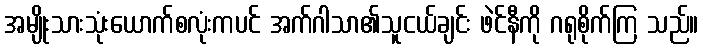
အမျိုးသားသုံးယောက်စလုံးကပင် အက်ဂါသာ၏သူငယ်ချင်း ဖဲင်နီကို ဂရုစိုက်ကြ သည်။